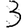
Digit: 3